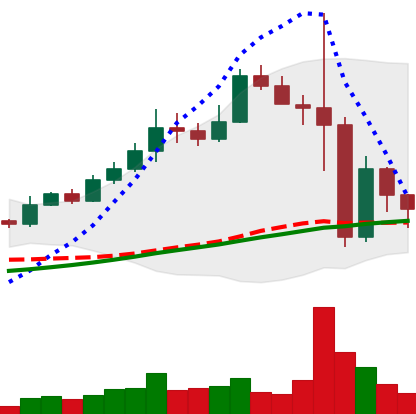
Ticker: BNB-USD
Chart end date: 2022-11-12
Forward return: -5.111%
Label: down_5_7